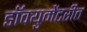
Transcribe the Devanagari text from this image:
डॉक्युमेंटरीत